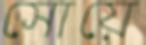
সোয়ে